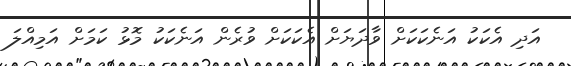
އަދި އެކަކު އަނެކަކަށް ވާދަޔަށް އެކަކަށް ވުރެން އަނެކަކު މޮޅު ކަމަށް އަމިއްލަ